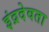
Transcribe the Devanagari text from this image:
इंद्रदेवता